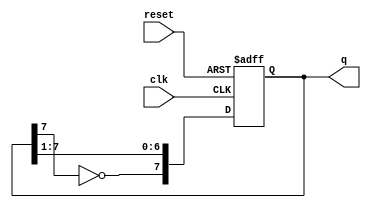
module johnson_counter (
    input wire clk,       // Clock input
    input wire reset,     // Reset input
    output reg [7:0] q    // 8-bit output representing the state of the counter
);

    // Sequential logic to implement the Johnson counter
    always @(posedge clk or posedge reset) begin
        if (reset) begin
            q <= 8'b00000000; // Initialize the counter to 0 on reset
        end else begin
            // Shift right and feed back the inverted last flip-flop
            q <= {~q[7], q[7:1]};
        end
    end

endmodule